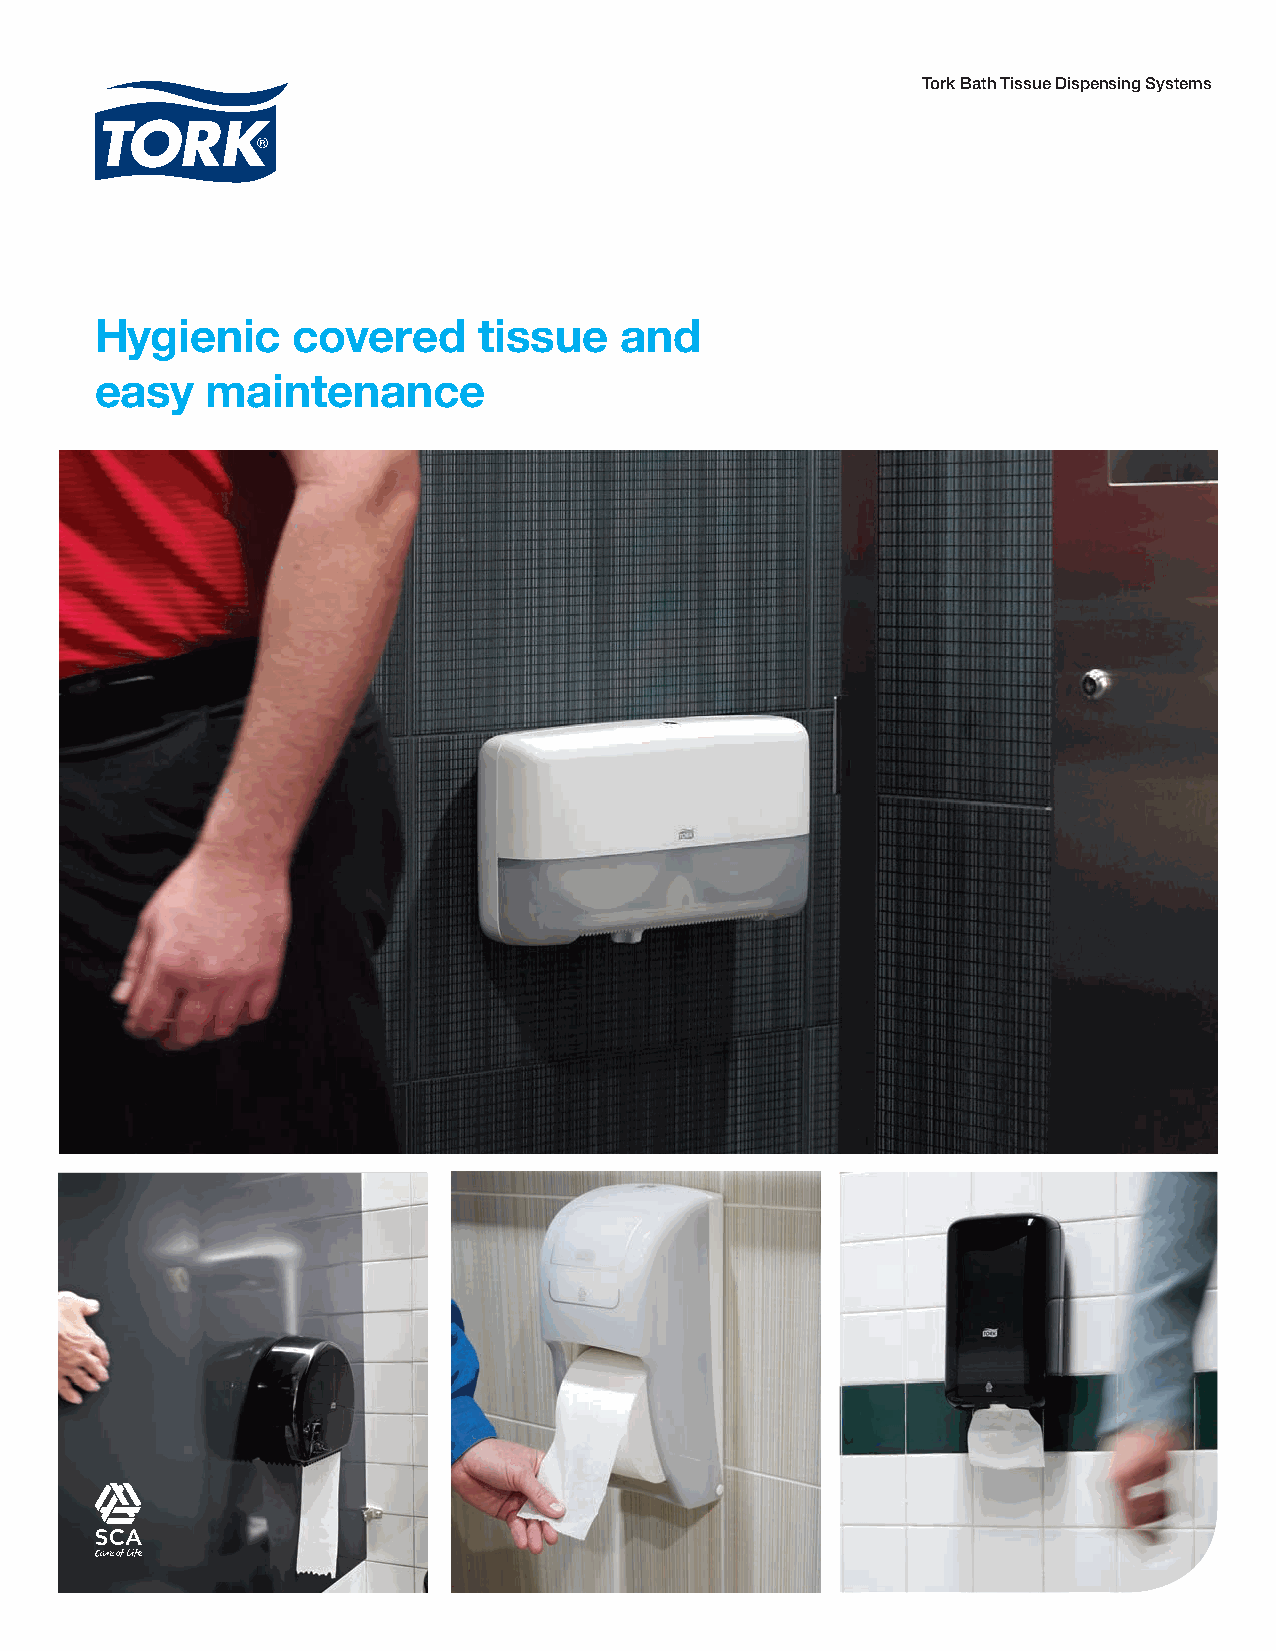
Tork Bath Tissue Dispensing Systems
 Hygienic     covered     tissue   and
 easy   maintenance